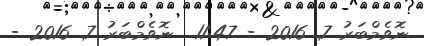
ނޮވެމްބަރު 7